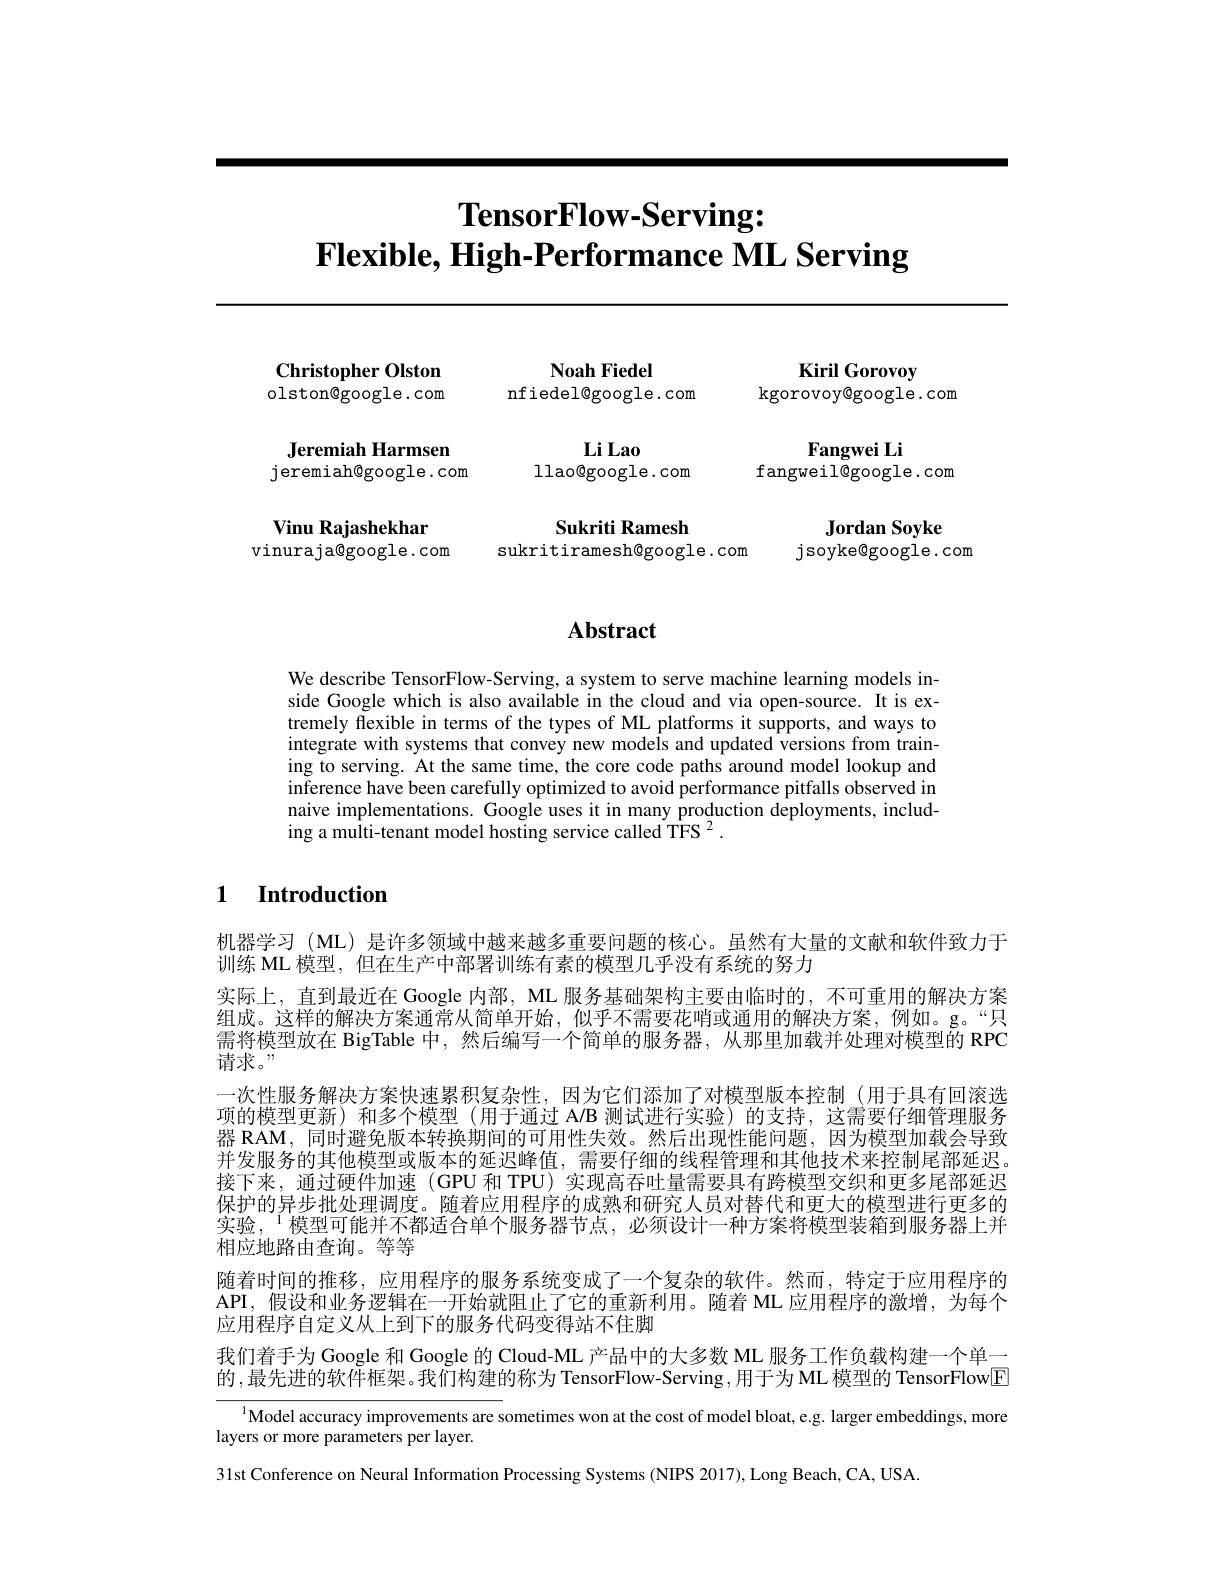
# $\textbf{TensorFlow- Serving: }$ $\textbf{Flexible, High- Performance ML Serving}$

Christopher Olston olston@google.com

Jeremiah Harmsen
jeremiah@google.com

Vinu Rajashekhar
vinuraja@google.com

Noah Fiedel

nfiedel@google.com

Li Lao

llao@google.com

Sukriti Ramesh
sukritiramesh@google.com

Kiril Gorovoy
kgorovoy@google.com

Fangwei Li
fangweil@google.com

$\textbf{Jordan Soyke}$
jsoyke@ google. com

# Abstract

We describe TensorFlow-Serving, a system to serve machine learning models inside Google which is also available in the cloud and via open-source. It is extremely flexible in terms of the types of ML platforms it supports, and ways to integrate with systems that convey new models and updated versions from training to serving. At the same time, the core code paths around model lookup and inference have been carefully optimized to avoid performance pitfalls observed in naive implementations. Google uses it in many production deployments, including a multi-tenant model hosting service called TFS $^2.$

### $\textbf{1}$ $\textbf{Introduction}$

机器学习 (ML) 是许多领域中越来越多重要问题的核心。虽然有大量的文献和软件致力于
训练 ML 模型，但在生产中部署训练有素的模型几乎没有系统的努力
实际上，直到最近在 Google 内部，ML 服务基础架构主要由临时的，不可重用的解决方案组成。这样的解决方案通常从简单开始，似乎不需要花哨或通用的解决方案，例如。g。“只需将模型放在 BigTable 中，然后编写一个简单的服务器，从那里加载并处理对模型的 RPC 请求。”
一次性服务解决方案快速累积复杂性，因为它们添加了对模型版本控制(用于具有回滚选项的模型更新) 和多个模型 (用于通过 A/B 测试进行实验) 的支持，这需要仔细管理服务器 RAM, 同时避免版本转换期间的可用性失效。然后出现性能问题，因为模型加载会导致并发服务的其他模型或版本的延迟峰值，需要仔细的线程管理和其他技术来控制尾部延迟。接下来，通过硬件加速(GPU 和 TPU) 实现高吞吐量需要具有跨模型交织和更多尾部延迟保护的异步批处理调度。随着应用程序的成熟和研究人员对替代和更大的模型进行更多的实验，$^{1}$模型可能并不都适合单个服务器节点，必须设计一种方案将模型装箱到服务器上并相应地路由查询。等等
随着时间的推移，应用程序的服务系统变成了一个复杂的软件。然而，特定于应用程序的API, 假设和业务逻辑在一开始就阻止了它的重新利用。随着 ML 应用程序的激增，为每个应用程序自定义从上到下的服务代码变得站不住脚
我们着手为 Google 和 Google 的 Cloud-ML 产品中的大多数 ML 服务工作负载构建一个单一的，最先进的软件框架。我们构建的称为 TensorFlow-Serving ,用于为 ML 模型的 TensorFlowE

$^{1}$Model accuracy improvements are sometimes won at the cost of model bloat, e.g. larger embeddings, more

layers or more parameters per layer.

31st Conference on Neural Information Processing Systems (NIPS 2017), Long Beach, CA, USA